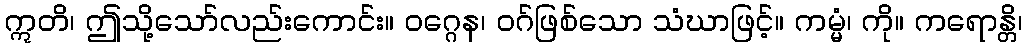
ဣတိ၊ ဤသို့သော်လည်းကောင်း။ ဝဂ္ဂေန၊ ဝဂ်ဖြစ်သော သံဃာဖြင့်။ ကမ္မံ၊ ကို။ ကရောန္တိ၊